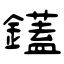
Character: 鑉